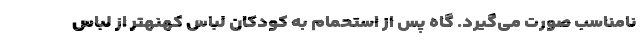
نامناسب صورت می‌گیرد. گاه پس از استحمام به کودکان لباس کهنهتر از لباس